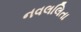
નવલલિતા